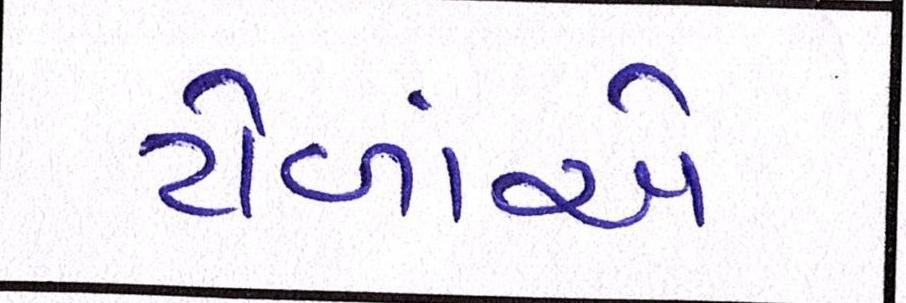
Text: ટોળાંએ